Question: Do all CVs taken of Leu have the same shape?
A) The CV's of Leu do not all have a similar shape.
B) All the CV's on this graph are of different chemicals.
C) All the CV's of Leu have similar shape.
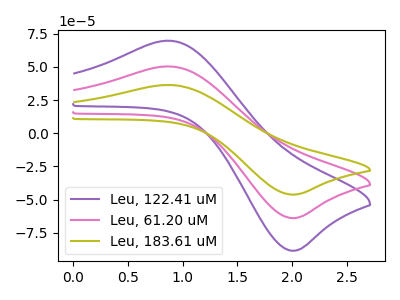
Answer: <think>The purple curve "Leu, 122.41 uM" has an anodic peak at (0.90V, 69.75uA) and a cathodic peak at (2.00V, -88.40uA). The pink curve "Leu, 61.20 uM" has an anodic peak at (0.90V, 50.40uA) and a cathodic peak at (2.00V, -63.90uA). The olive curve "Leu, 183.61 uM" has an anodic peak at (0.90V, 100.80uA) and a cathodic peak at (2.00V, -127.75uA).
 All the peaks in "Leu, 122.41 uM" have a peak in "Leu, 61.20 uM" at the same potential. Every peak in "Leu, 122.41 uM" is higher than every peak in "Leu, 61.20 uM". All the peaks in "Leu, 122.41 uM" have a peak in "Leu, 183.61 uM" at the same potential. Every peak in "Leu, 122.41 uM" is lower than every peak in "Leu, 183.61 uM". All the peaks in "Leu, 61.20 uM" have a peak in "Leu, 183.61 uM" at the same potential. Every peak in "Leu, 61.20 uM" is lower than every peak in "Leu, 183.61 uM".</think>
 <answer>C) All the CV's of "Leu" have similar shape.</answer>
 <eval>C</eval>